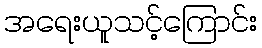
အရေးယူသင့်ကြောင်း